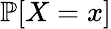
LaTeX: \mathbb{P}[X=x]